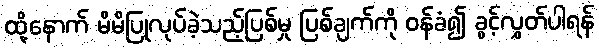
ထို့နောက် မိမိပြုလုပ်ခဲ့သည့်ပြစ်မှု ပြစ်ချက်ကို ဝန်ခံ၍ ခွင့်လွှတ်ပါရန်